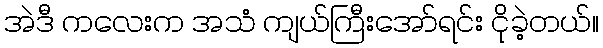
အဲဒီ ကလေးက အသံ ကျယ်ကြီးအော်ရင်း ငိုခဲ့တယ်။